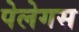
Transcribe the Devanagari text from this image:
पेलेगस